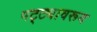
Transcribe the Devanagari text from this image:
पट्ट्यावरून